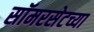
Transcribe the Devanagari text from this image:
सॉमरसेटच्या